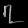
Digit: ၇